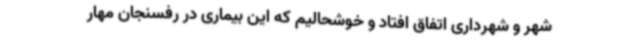
شهر و شهرداری اتفاق افتاد و خوشحالیم که این بیماری در رفسنجان مهار